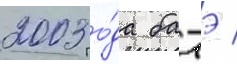
2003 го́да батэ /